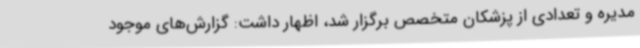
مدیره و تعدادی از پزشکان متخصص برگزار شد، اظهار داشت: گزارش‌های موجود